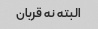
البته نه قربان